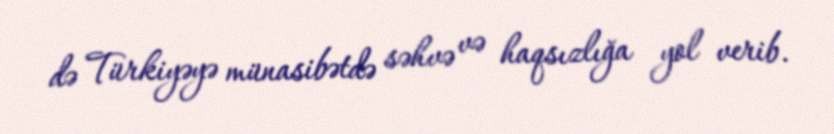
də Türkiyəyə münasibətdə səhvə və haqsızlığa yol verib.